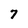
Character: 7